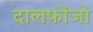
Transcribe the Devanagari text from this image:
दालफोंजो